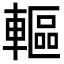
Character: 䡱